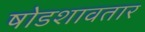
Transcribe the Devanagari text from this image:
षोडशावतार